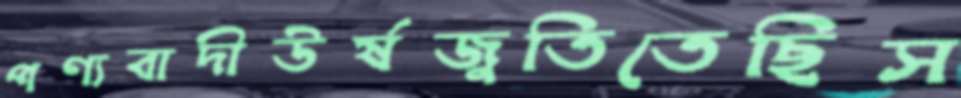
পণ্যবাদীউর্ষজুতিতেছিস